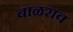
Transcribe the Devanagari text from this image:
बाळराव